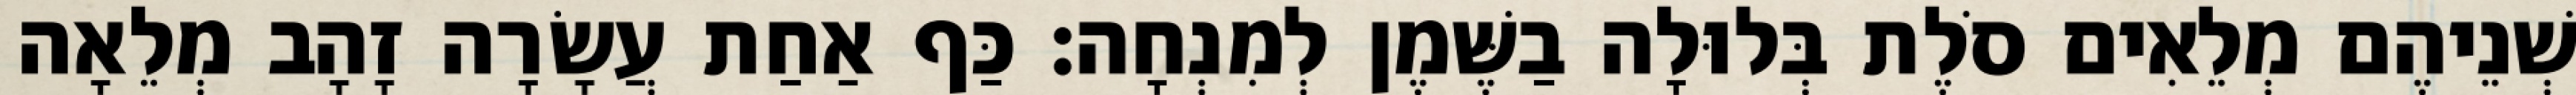
שְׁנֵיהֶם מְלֵאִים סֹלֶת בְּלוּלָה בַשֶּׁמֶן לְמִנְחָה׃ כַּף אַחַת עֲשָׂרָה זָהָב מְלֵאָה